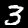
Digit: 3